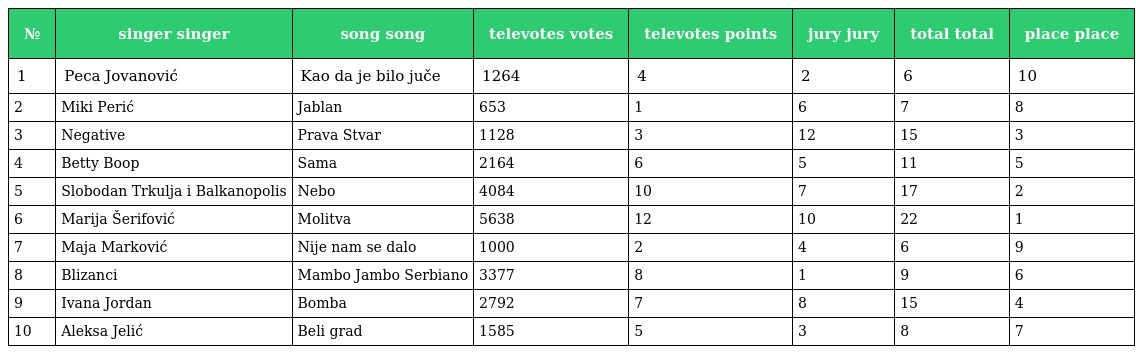
| № | singer singer | song song | televotes votes | televotes points | jury jury | total total | place place |
 | --- | --- | --- | --- | --- | --- | --- | --- |
 | 1 | Peca Jovanović | Kao da je bilo juče | 1264 | 4 | 2 | 6 | 10 |
 | 2 | Miki Perić | Jablan | 653 | 1 | 6 | 7 | 8 |
 | 3 | Negative | Prava Stvar | 1128 | 3 | 12 | 15 | 3 |
 | 4 | Betty Boop | Sama | 2164 | 6 | 5 | 11 | 5 |
 | 5 | Slobodan Trkulja i Balkanopolis | Nebo | 4084 | 10 | 7 | 17 | 2 |
 | 6 | Marija Šerifović | Molitva | 5638 | 12 | 10 | 22 | 1 |
 | 7 | Maja Marković | Nije nam se dalo | 1000 | 2 | 4 | 6 | 9 |
 | 8 | Blizanci | Mambo Jambo Serbiano | 3377 | 8 | 1 | 9 | 6 |
 | 9 | Ivana Jordan | Bomba | 2792 | 7 | 8 | 15 | 4 |
 | 10 | Aleksa Jelić | Beli grad | 1585 | 5 | 3 | 8 | 7 |